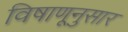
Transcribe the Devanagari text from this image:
विषाणूनुसार